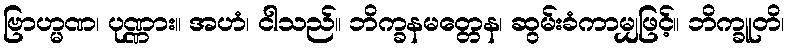
ဗြာဟ္မဏ၊ ပုဏ္ဏား။ အဟံ၊ ငါသည်။ ဘိက္ခနမတ္တေန၊ ဆွမ်းခံကာမျှဖြင့်။ ဘိက္ခူတိ၊